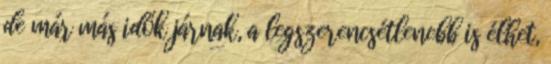
de már más idők járnak, a legszerencsétlenebb is élhet,